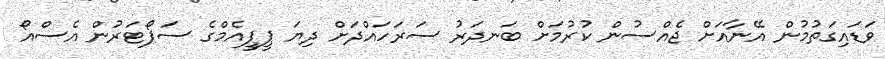
ވަޑައިގަތުމުން އޭނާއަށް ޖެއްސުން ކުރުމަށް ބަނދަރު ސަރަހައްދަށް ދިޔަ ޕީޕީއެމްގެ ސަޕޯޓަރުން އެސްއޯ